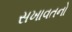
સખાવતનો